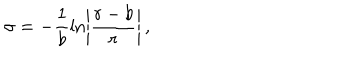
\sigma = - \frac { 1 } { b } \ln \left| \frac { r - b } { r } \right| \, ,